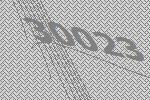
30023